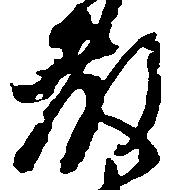
教